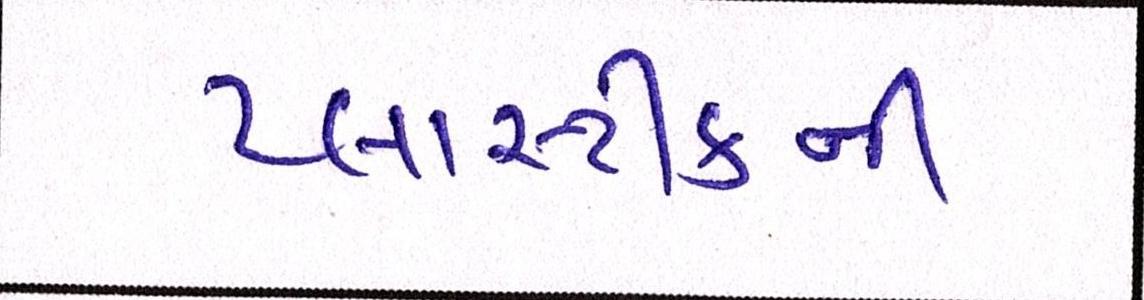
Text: પ્લાસ્ટીકની